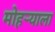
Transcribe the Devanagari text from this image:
मोहऱ्याला